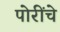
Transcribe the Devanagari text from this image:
पोरींचे